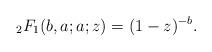
LaTeX: \begin{align*}{}_{2}F_{1}(b,a;a;z)=(1-z)^{-b}.\end{align*}